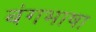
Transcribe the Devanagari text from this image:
बंगभाषा